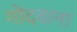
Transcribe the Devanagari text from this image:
गोंदवाना